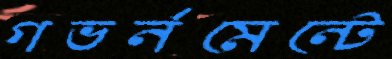
গভর্নমেন্টে